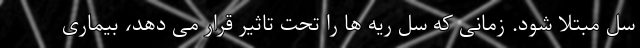
سل مبتلا شود. زمانی که سل ریه ها را تحت تاثیر قرار می دهد، بیماری